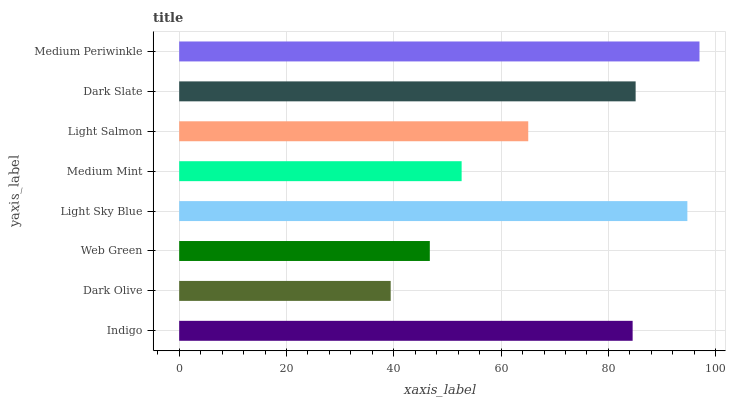
| yaxis_label | bars |
 | --- | --- |
 | Indigo | 84.5 |
 | Dark Olive | 39.4 |
 | Web Green | 46.7 |
 | Light Sky Blue | 94.7 |
 | Medium Mint | 52.6 |
 | Light Salmon | 65.1 |
 | Dark Slate | 85.1 |
 | Medium Periwinkle | 97 |